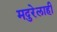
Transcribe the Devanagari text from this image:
मदुरेलाही